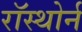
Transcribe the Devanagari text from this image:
रॉस्थोर्न